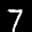
Label: 7